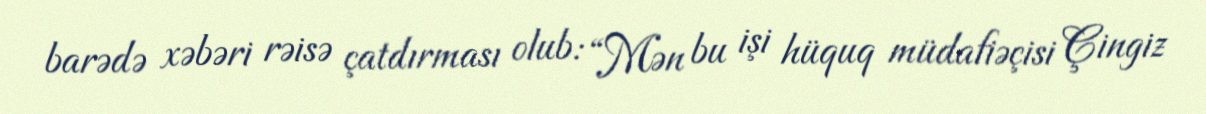
barədə xəbəri rəisə çatdırması olub: “Mən bu işi hüquq müdafiəçisi Çingiz